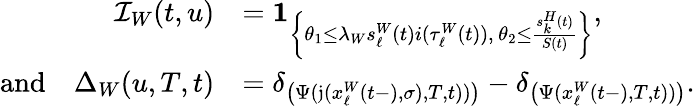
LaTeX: \begin{array}{rl}{\mathcal{I}_{W}(t,u)}&{=\mathbf{1}_{\left\{ \theta_{1}\leq\lambda_{W}s_{\ell}^{W}(t)i(\tau_{\ell}^{W}(t)),\, \theta_{2}\leq\frac{s_{k}^{H}(t)}{S(t)}\right\} },}\\ {\mathrm{and}\quad\Delta_{W}(u,T,t)}&{=\delta_{\left(\Psi(\mathfrak{j}(x_{\ell}^{W}(t-),\sigma),T,t))\right)}-\delta_{\left(\Psi(x_{\ell}^{W}(t-),T,t))\right)}.}\end{array}